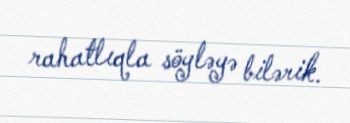
rahatlıqla söyləyə bilərik.